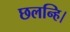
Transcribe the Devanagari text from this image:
छलन्हि।